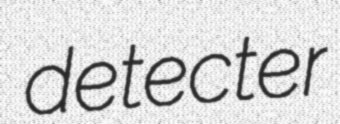
detecter